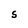
Character: S